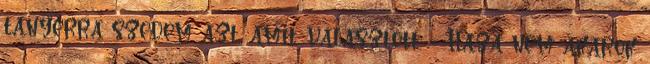
tányérra szedem azt, amit választott. - Haza nem akarok